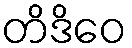
တိဒိဝေ